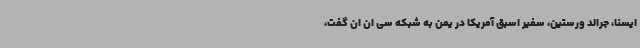
ایسنا، جرالد ورستین، سفیر اسبق آمریکا در یمن به شبکه سی ان ان گفت،